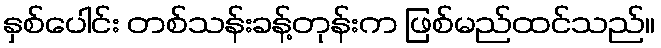
နှစ်ပေါင်း တစ်သန်းခန့်တုန်းက ဖြစ်မည်ထင်သည်။